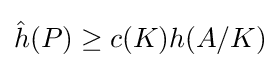
{\hat {h}}(P)\geq c(K)h(A/K)